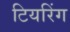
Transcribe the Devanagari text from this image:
टियरिंग